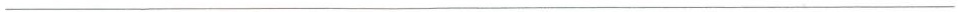
___